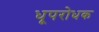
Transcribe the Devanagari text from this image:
धूपरोधक